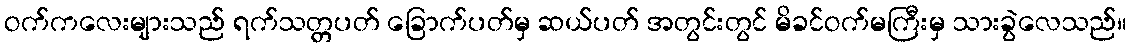
ဝက်ကလေးများသည် ရက်သတ္တပတ် ခြောက်ပတ်မှ ဆယ်ပတ် အတွင်းတွင် မိခင်ဝက်မကြီးမှ သားခွဲလေသည်။